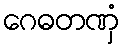
ဂေဓတဏှံ